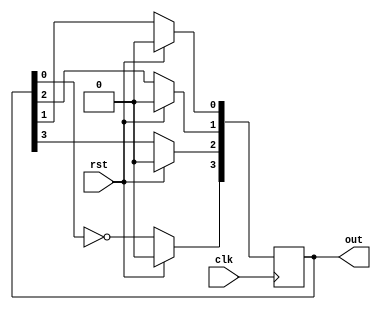
// 4bit johnson counter

module johnson( out,rst,clk);
input clk,rst;
output [3:0] out;

reg [3:0] q;

always @(posedge clk)
begin

if(rst) 		// Active high reset
 q=4'b0000;
 else
 	begin 
 		q[0]<=q[1];		// 1 bit shifts to right every clock cycle
  		q[1]<=q[2];
  		q[2]<=q[3];
   		q[3]<=(~q[0]);		// but first bit always holds complement of last bit
 	end
 end

assign out=q;  
endmodule